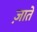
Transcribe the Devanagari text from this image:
ज़ाते